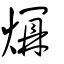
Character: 𤑺